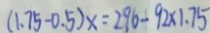
( 1 . 7 5 - 0 . 5 ) x = 2 9 6 - 9 2 \times 1 . 7 5